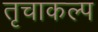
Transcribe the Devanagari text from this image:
तृचाकल्प